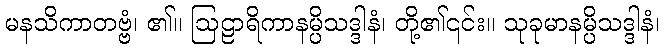
မနသိကာတဗ္ဗံ၊ ၏။ ဩဠာရိကာနမ္ပိသဒ္ဒါနံ၊ တို့၏၎င်း။ သုခုမာနမ္ပိသဒ္ဒါနံ၊